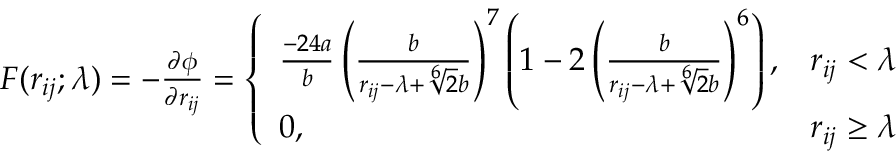
\begin{array} { r } { F ( r _ { i j } ; \lambda ) = - \frac { \partial \phi } { \partial r _ { i j } } = \left\{ \begin{array} { l l } { \frac { - 2 4 a } { b } \left( \frac { b } { r _ { i j } - \lambda + \sqrt [ 6 ] { 2 } b } \right) ^ { 7 } \left( 1 - 2 \left( \frac { b } { r _ { i j } - \lambda + \sqrt [ 6 ] { 2 } b } \right) ^ { 6 } \right) , } & { r _ { i j } < \lambda } \\ { 0 , } & { r _ { i j } \ge \lambda } \end{array} \right. } \end{array}